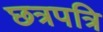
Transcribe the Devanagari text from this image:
छत्रपत्रि